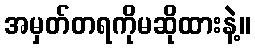
အမှတ်တရကိုမဆိုထားနဲ့။